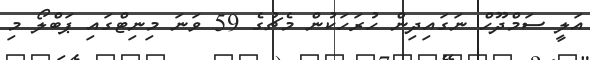
އަލީ ސަމްދޫހް ނަގައިދިން ހުރަހަކުން މެޗުގެ 59 ވަނަ މިނިޓްގައި ޕަބްލޯ މި